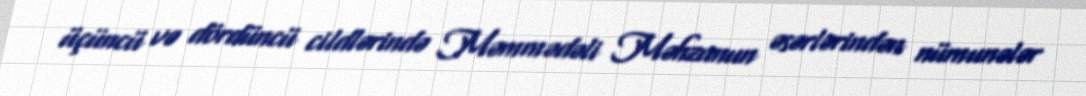
üçüncü və dördüncü cildlərində Məmmədəli Məhzunun əsərlərindən nümunələr